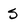
Character: 5